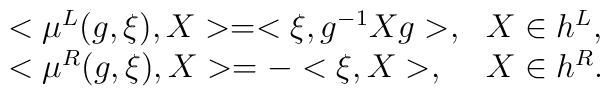
\begin{array}{ll}<\mu^L(g,\xi),X>=<\xi,g^{-1}Xg>,&X\in h^L,  \\<\mu^R(g,\xi),X>=-<\xi,X>,      &X\in h^R.\end{array}